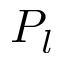
P _ { l }